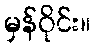
မှန်ဝိုင်း။